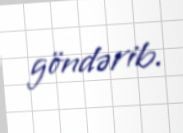
göndərib.